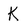
Character: K